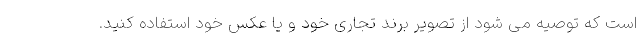
است که توصیه می شود از تصویر برند تجاری خود و یا عکس خود استفاده کنید.